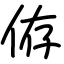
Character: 侟